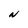
Character: N